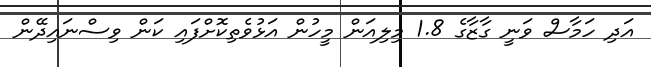
އަދި ހަމާސް ވަނީ ގާޒާގެ 1.8 މިލިއަން މީހުން އަޅުވެތިކޮށްފައި ކަން ވިސްނައިދޭން